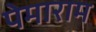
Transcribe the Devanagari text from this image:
पेमाराम